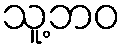
သူ့ဘဝ